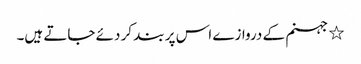
٭ جہنم کے دروازے اس پر بند کر دئے جاتے ہیں۔